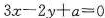
$$3x - 2y + a = 0$$